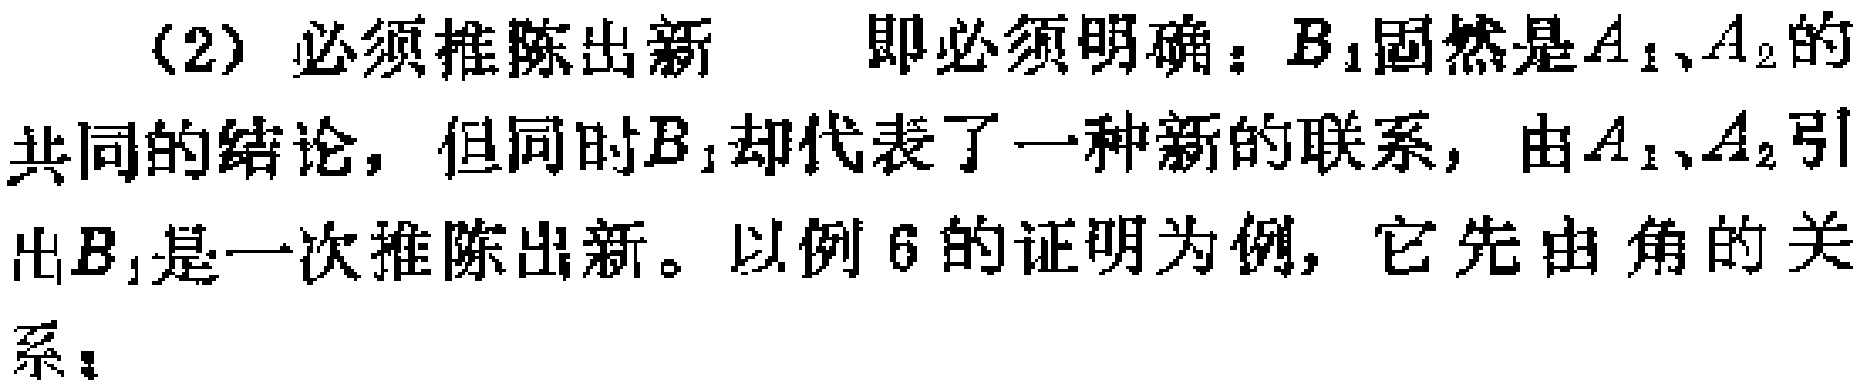
（2）必须推陈出新 即必须明确：\(B_{1}\)固然是\(A_{1}\)、\(A_{2}\)的共同的结论，但同时\(B_{1}\)却代表了一种新的联系，由\(A_{1}\)、\(A_{2}\)引出\(B_{1}\)是一次推陈出新。以例6的证明为例，它先由角的关系：